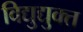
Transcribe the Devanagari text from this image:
विद्युद्युक्त